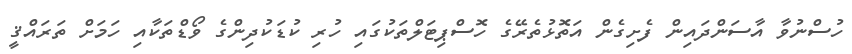
ހުސްނުވާ އާސަންދައިން ފެށިގެން އަތޮޅުތެރޭގެ ހޮސްޕިޓަލްތަކުގައި ހުރި ކުޑަކުދިންގެ ވޯޑްތަކާއި ހަމަށް ތަރައްޤީ